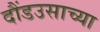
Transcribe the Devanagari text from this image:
दौंडउसाच्या